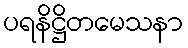
ပရနိဋ္ဌိတမေသနာ